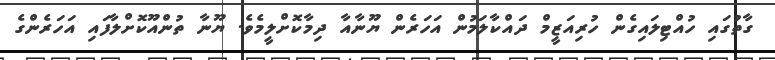
ގާތުގައި ހުއްޓިލައިގެން ހުރިއަޒީމް ދައްކާލަމުން އަހަރެން ޔޫނާއާ ދިމާކޮށްލީމެވެ. ޔޫނާ ތުންއޫކޮށްލާފައި އަހަރެންގެ